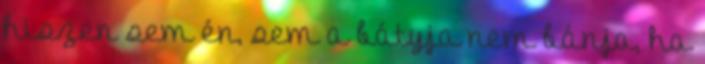
hiszen sem én, sem a bátyja nem bánja, ha